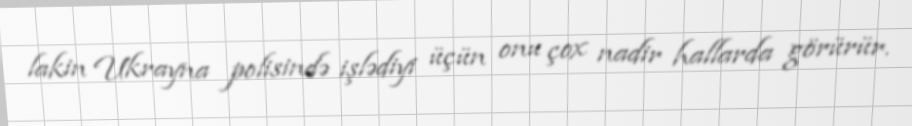
lakin Ukrayna polisində işlədiyi üçün onu çox nadir hallarda görürür.